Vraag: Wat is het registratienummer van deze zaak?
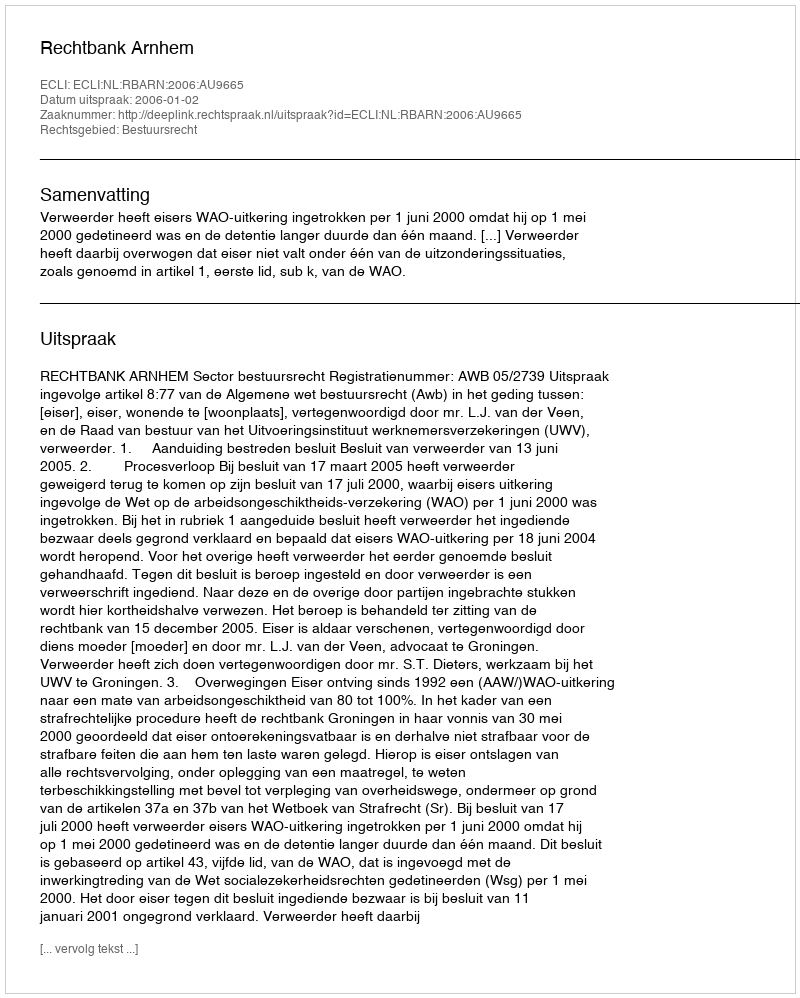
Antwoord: http://deeplink.rechtspraak.nl/uitspraak?id=ECLI:NL:RBARN:2006:AU9665